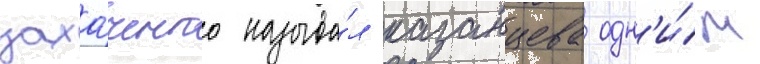
захарченко называ́л казанцева одн'и́м